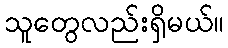
သူတွေလည်းရှိမယ်။